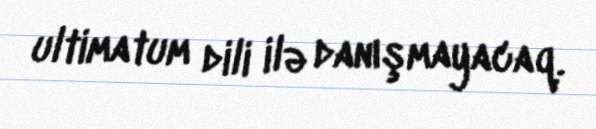
ultimatum dili ilə danışmayacaq.